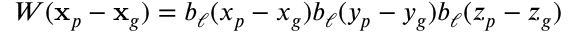
W ( \mathbf { x } _ { p } - \mathbf { x } _ { g } ) = b _ { \ell } ( x _ { p } - x _ { g } ) b _ { \ell } ( y _ { p } - y _ { g } ) b _ { \ell } ( z _ { p } - z _ { g } )